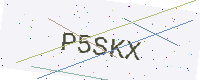
Text: P5SKX